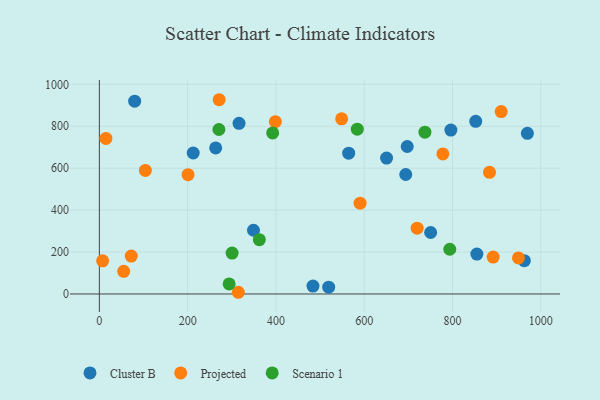
{"axis": {"x": "Distance", "y": "Exam Score"}, "legend": ["Cluster B", "Projected", "Scenario 1"], "data": [{"x": "750.5", "y": 293.2, "type": "Cluster B"}, {"x": "855.2", "y": 190.2, "type": "Cluster B"}, {"x": "962.7", "y": 158.8, "type": "Cluster B"}, {"x": "483.9", "y": 37.5, "type": "Cluster B"}, {"x": "796.3", "y": 781.9, "type": "Cluster B"}, {"x": "564.8", "y": 671.4, "type": "Cluster B"}, {"x": "969.6", "y": 766.2, "type": "Cluster B"}, {"x": "212.6", "y": 672.5, "type": "Cluster B"}, {"x": "697.4", "y": 703.5, "type": "Cluster B"}, {"x": "349.1", "y": 304.0, "type": "Cluster B"}, {"x": "519.5", "y": 32.6, "type": "Cluster B"}, {"x": "80.0", "y": 919.9, "type": "Cluster B"}, {"x": "316.4", "y": 813.8, "type": "Cluster B"}, {"x": "650.6", "y": 648.1, "type": "Cluster B"}, {"x": "263.5", "y": 696.8, "type": "Cluster B"}, {"x": "694.1", "y": 569.8, "type": "Cluster B"}, {"x": "852.6", "y": 823.6, "type": "Cluster B"}, {"x": "314.8", "y": 8.1, "type": "Projected"}, {"x": "200.9", "y": 569.2, "type": "Projected"}, {"x": "949.4", "y": 171.8, "type": "Projected"}, {"x": "398.7", "y": 821.8, "type": "Projected"}, {"x": "778.2", "y": 668.1, "type": "Projected"}, {"x": "55.1", "y": 108.1, "type": "Projected"}, {"x": "72.3", "y": 180.6, "type": "Projected"}, {"x": "548.9", "y": 835.3, "type": "Projected"}, {"x": "883.8", "y": 580.3, "type": "Projected"}, {"x": "910.3", "y": 870.3, "type": "Projected"}, {"x": "892.1", "y": 175.8, "type": "Projected"}, {"x": "271.4", "y": 926.6, "type": "Projected"}, {"x": "590.6", "y": 433.0, "type": "Projected"}, {"x": "719.9", "y": 314.0, "type": "Projected"}, {"x": "104.2", "y": 589.2, "type": "Projected"}, {"x": "14.9", "y": 742.0, "type": "Projected"}, {"x": "7.4", "y": 158.3, "type": "Projected"}, {"x": "584.3", "y": 786.0, "type": "Scenario 1"}, {"x": "793.8", "y": 213.4, "type": "Scenario 1"}, {"x": "737.5", "y": 771.9, "type": "Scenario 1"}, {"x": "270.8", "y": 784.6, "type": "Scenario 1"}, {"x": "294.0", "y": 47.7, "type": "Scenario 1"}, {"x": "392.6", "y": 768.2, "type": "Scenario 1"}, {"x": "362.4", "y": 258.9, "type": "Scenario 1"}, {"x": "300.7", "y": 194.9, "type": "Scenario 1"}]}